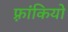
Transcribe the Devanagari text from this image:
फ़्रांकियो